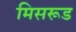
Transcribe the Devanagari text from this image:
मिसरूड